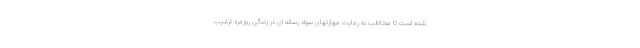
شده است تا مخاطب به رعایت مهارتهای سواد رسانه ای در زندگی روزمره ترغیب